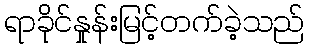
ရာခိုင်နှုန်းမြင့်တက်ခဲ့သည်